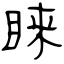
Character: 睐